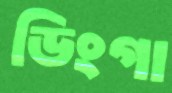
ডিংগা